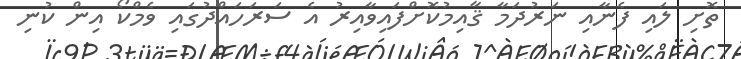
ތޮށި ލައި ފެނާއި ނަރުދަމާ ޤާއިމުކޮށްފައިވާއިރު އެ ސަރަހައްދުގައި ވެމްކޯ އިން ކުނި